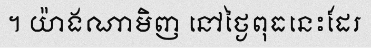
។ យ៉ាងណាមិញ នៅថ្ងៃពុធនេះដែរ